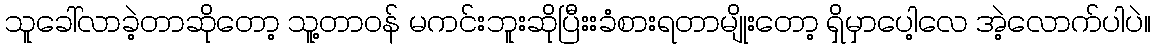
သူခေါ်လာခဲ့တာဆိုတော့ သူ့တာဝန် မကင်းဘူးဆိုပြီးးခံစားရတာမျိုးတော့ ရှိမှာပေါ့လေ အဲ့လောက်ပါပဲ။